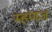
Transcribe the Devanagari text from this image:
म्हणज